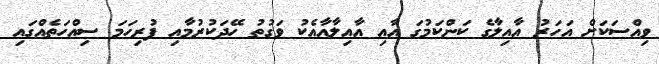
ވިއްސަކަށް އަހަރު އާއިލާގެ ކަންކަމުގަ އާއި އާއިލާއާއެކު ވަގުތު ހޭދަކުރުމާއި ފުރިހަމަ ސިއްހަތެއްގައި